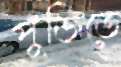
পুঁজিতে